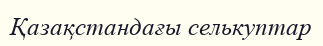
Қазақстандағы селькуптар